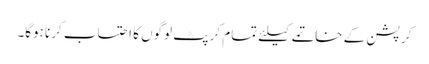
کرپشن کے خاتمے کیلئے تمام کرپٹ لوگوں کا احتساب کرنا ہوگا۔